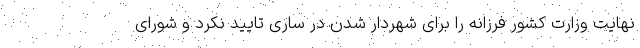
نهایت وزارت کشور فرزانه را برای شهردار شدن در ساری تایید نکرد و شورای